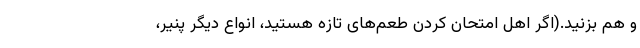
و هم بزنید.(اگر اهل امتحان کردن طعم‌های تازه هستید، انواع دیگر پنیر،